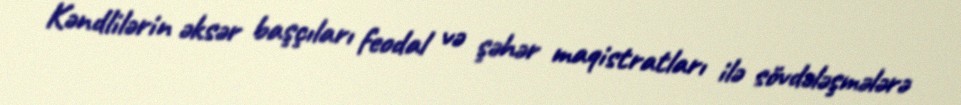
Kəndlilərin əksər başçıları feodal və şəhər maqistratları ilə sövdələşmələrə